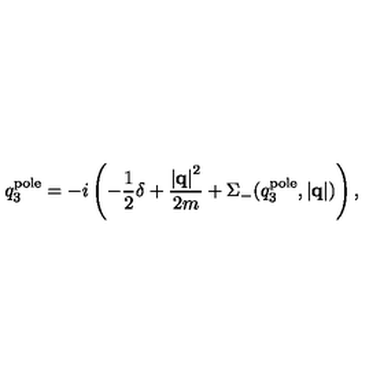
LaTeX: q _ { 3 } ^ { \mathrm { p o l e } } = - i \left( - \frac { 1 } { 2 } \delta + \frac { \left| { \bf q } \right| ^ { 2 } } { 2 m } + \Sigma _ { - } ( q _ { 3 } ^ { \mathrm { p o l e } } , \left| { \bf q } \right| ) \right) ,